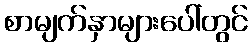
စာမျက်နှာများပေါ်တွင်